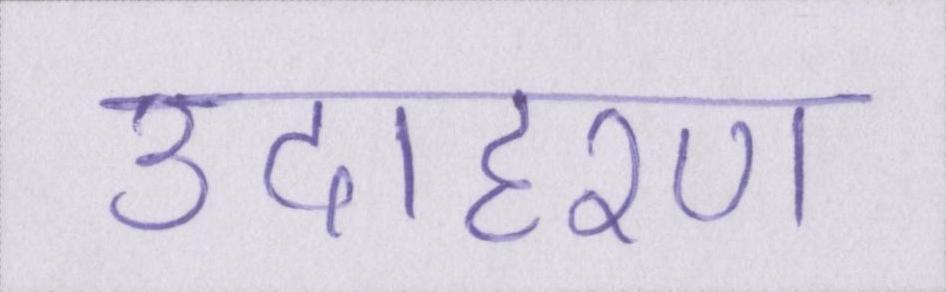
उदाहरण